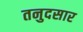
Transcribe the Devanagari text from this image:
तनुदसार